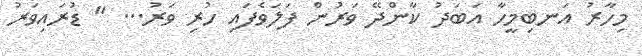
މިހާރު އަނބިމީހާ އަބަދު ކާންދޭ ވަރުން ފަލަވެފައި ހުރި ވަރު... " ޑުރައިވަރު